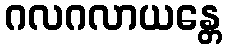
ဂလဂလာယန္တေ